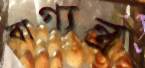
বাগ্যন্ত্র